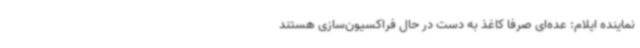
نماینده ایلام: عده‌ای صرفا کاغذ به دست در حال فراکسیون‌سازی هستند